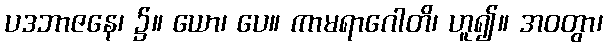
ပဒဘာဇနေ၊ ၌။ ယော၊ ပေ။ ကာမရာဂေါတိ၊ ဟူ၍။ အဝတွာ၊